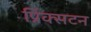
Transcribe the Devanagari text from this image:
प्रिंक्सटन